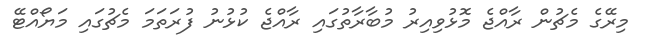
މިރޭގެ މެޗުން ރާއްޖެ މޮޅުވިއިރު މުބާރާތުގައި ރާއްޖެ ކުޅުނު ފުރަތަމަ މެޗުގައި މަޔޯއްޓޭ